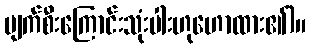
ပျက်စီးကြောင်းသုံးပါးဟုဟောထား၏)။